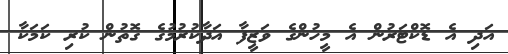
އަދި އެ ޑޮކްޓަރުން އެ މީހުންގެ ވަޒީފާ އަދާކުރުމުގެ ގޮތުން ކުރި ކަމަކާ